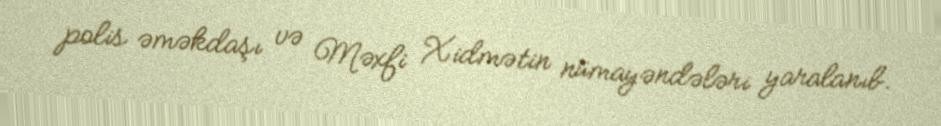
polis əməkdaşı və Məxfi Xidmətin nümayəndələri yaralanıb.